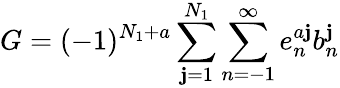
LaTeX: G=(-1)^{N_{1}+a}\sum_{\mathbf{j}=1}^{N_{1}}\sum_{n=-1}^{\infty}e_{n}^{a\mathbf{j}}b_{n}^{\mathbf{j}}